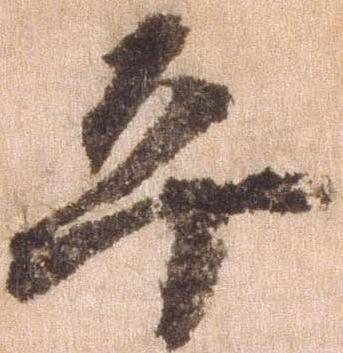
平